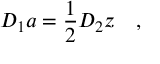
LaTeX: D _ { 1 } a = \frac 1 2 D _ { 2 } z \quad ,